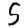
Digit: 5